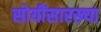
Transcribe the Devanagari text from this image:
सोयींसारख्या